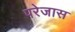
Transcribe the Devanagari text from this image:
परेजास